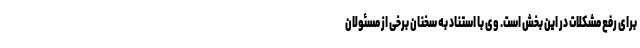
برای رفع مشکلات در این بخش است. وی با استناد به سخنان برخی از مسئولان